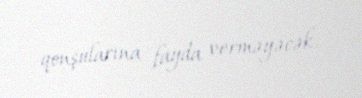
qonşularına fayda verməyəcək.